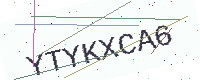
Text: YTYKXCA6